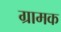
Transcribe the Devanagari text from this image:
ग्रामक